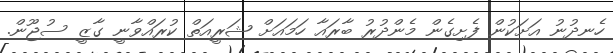
ހެނދުނު އަށަކުން ފެށިގެން މެންދުރު ބާރައާ ހަމައަށް ޝަރީއަތް ކުރައްވާނީ ގާޒީ ސުޖޫން.